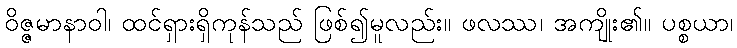
ဝိဇ္ဇမာနာဝါ၊ ထင်ရှားရှိကုန်သည် ဖြစ်၍မူလည်း။ ဖလဿ၊ အကျိုး၏။ ပစ္စယာ၊